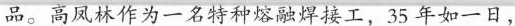
品。高凤林作为一名特种熔融焊接工，35年如一日，